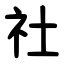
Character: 社